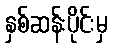
နှစ်ဆန်းပိုင်းမှ